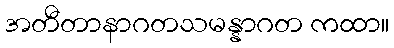
အတီတာနာဂတသမန္နာဂတ ကထာ။